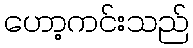
ဟော့ကင်းသည်